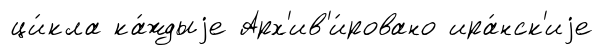
ци́кла ка́ждыjе Арх'ив'и́ровано ира́нск'иjе